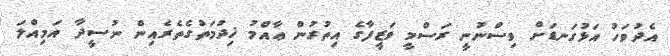
އެދުވަހު އަޅުގަނޑަށް ވިސްނުނީ ރަސްމީ ވަޒީފާގެ އިތުރުން ޢާއްމު ޚިދުމަތުގެތެރެއިން ނުސީދާ އަމިއްލަ